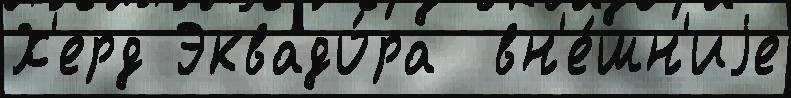
Х'ерд Эквадо́ра  вн'е́шн'иjе